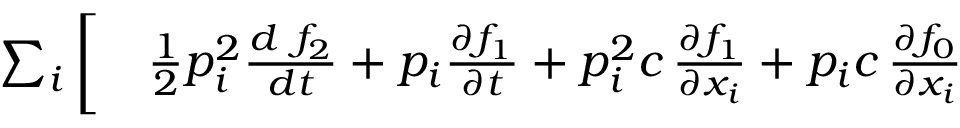
\begin{array} { r l } { \sum _ { i } \bigg [ } & { { } \frac { 1 } { 2 } p _ { i } ^ { 2 } \frac { d \mathrm { ~ } f _ { 2 } } { d t } + p _ { i } \frac { \partial f _ { 1 } } { \partial t } + p _ { i } ^ { 2 } c \, \frac { \partial f _ { 1 } } { \partial x _ { i } } + p _ { i } c \, \frac { \partial f _ { 0 } } { \partial x _ { i } } } \end{array}